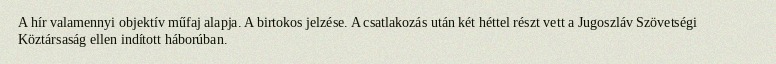
A hír valamennyi objektív műfaj alapja. A birtokos jelzése. A csatlakozás után két héttel részt vett a Jugoszláv Szövetségi Köztársaság ellen indított háborúban.